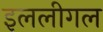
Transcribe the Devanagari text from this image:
इललीगल